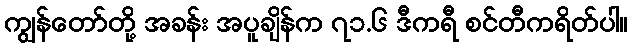
ကျွန်တော်တို့ အခန်း အပူချိန်က ၇၁.၆ ဒီကရီ စင်တီကရိတ်ပါ။